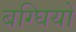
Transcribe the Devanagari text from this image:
बग्घियों